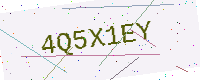
Text: 4Q5X1EY